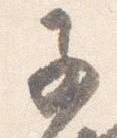
子